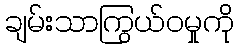
ချမ်းသာကြွယ်ဝမှုကို